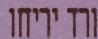
ורד יריחו